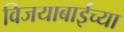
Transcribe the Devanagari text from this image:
विजयाबाईंच्या